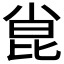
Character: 𫴾